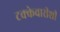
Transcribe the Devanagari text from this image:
टक्केवारीशी